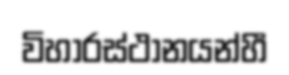
විහාරස්ථානයන්හී